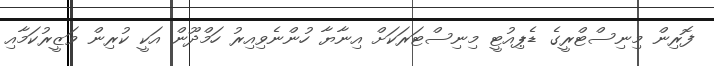
ފޮރިން މިނިސްޓްރީގެ ޑެޕިއުޓީ މިނިސްޓަރަކަށް އިނާޔާ ހުންނެވިއިރު ހަމްދޫން އަކީ ކުރިން ވަޒީރުކަމާއި